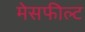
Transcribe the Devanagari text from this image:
मेसफील्ट